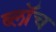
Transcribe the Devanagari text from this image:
ब्लाॅच